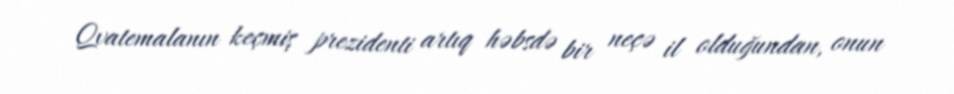
Qvatemalanın keçmiş prezidenti artıq həbsdə bir neçə il olduğundan, onun